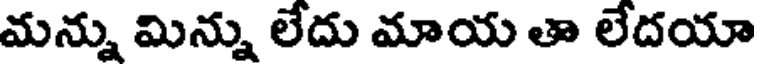
మన్ను మిన్ను లేదు మాయ తా లేదయా